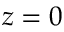
z = 0